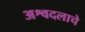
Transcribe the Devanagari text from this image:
अश्वदलाचे